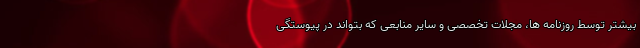
بیشتر توسط روزنامه ها، مجلات تخصصی و سایر منابعی که بتواند در پیوستگی